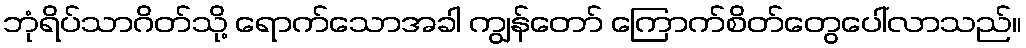
ဘုံရိပ်သာဂိတ်သို့ ရောက်သောအခါ ကျွန်တော် ကြောက်စိတ်တွေပေါ်လာသည်။